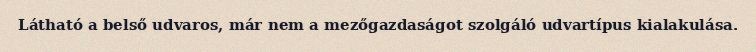
Látható a belső udvaros, már nem a mezőgazdaságot szolgáló udvartípus kialakulása.